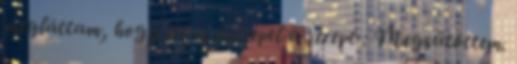
megláttam, hogy itt is szerepel a recept : Megsütöttem.